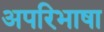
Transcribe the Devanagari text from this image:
अपरिभाषा